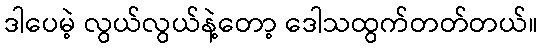
ဒါပေမဲ့ လွယ်လွယ်နဲ့တော့ ဒေါသထွက်တတ်တယ်။